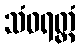
သံဝရတ္ထံ